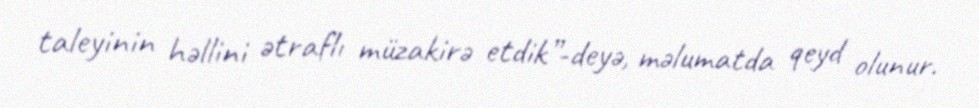
taleyinin həllini ətraflı müzakirə etdik”-deyə, məlumatda qeyd olunur.